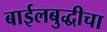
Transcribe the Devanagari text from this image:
बाईलबुद्धीचा